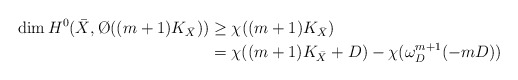
\begin{align*}\dim H^0(\bar X,\O((m+1)K_{\bar X}))&\geq \chi((m+1)K_{\bar X})\\&= \chi((m+1)K_{\bar X}+D)-\chi( \omega^{m+1}_D(-mD))\end{align*}